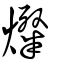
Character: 燦